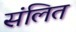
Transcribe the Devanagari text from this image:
संलित